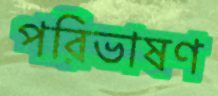
পরিভাষণ